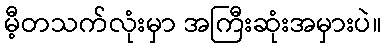
မီ့တသက်လုံးမှာ အကြီးဆုံးအမှားပဲ။